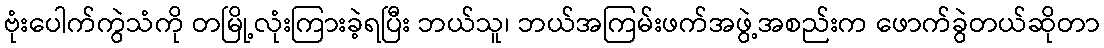
ဗုံးပေါက်ကွဲသံကို တမြို့လုံးကြားခဲ့ရပြီး ဘယ်သူ၊ ဘယ်အကြမ်းဖက်အဖွဲ့အစည်းက ဖောက်ခွဲတယ်ဆိုတာ